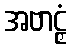
အဗာဠှံ